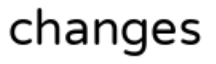
changes